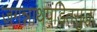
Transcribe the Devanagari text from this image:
जगन्नाथपंडितसुद्धा